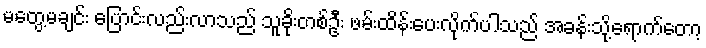
မတွေ့မချင်း ပြောင်းလည်းလာသည် သူခိုးတစ်ဦး ဖမ်းထိန်းပေးလိုက်ပါသည် အခန်းသို့ရောက်တော့